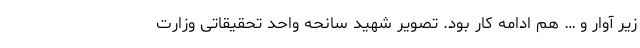
زیر آوار و … هم ادامه کار بود. تصویر شهید سانحه واحد تحقیقاتی وزارت